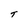
Character: T